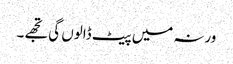
ورنہ میں پیٹ ڈالوں گی تجھے۔